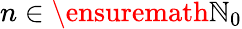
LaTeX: n\in\ensuremath{\mathbb{N}}_{0}